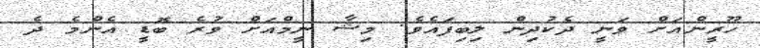
ހޫރީންއަށް ވަނީ ދެކުދިން ލިބިފައެވެ. މިޝާ ނީމްއަށް ވުރެ ބޮޑީ އެންމެ ދެ